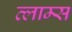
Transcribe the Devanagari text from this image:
व्लाम्स